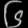
Digit: ၆